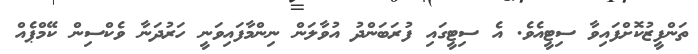
ތަންފީޒުކޮށްފައިވާ ސިޓީއެވެ. އެ ސިޓީގައި ފުރަބަންދު އުވާލަން ނިންމާފައިވަނީ ހަރުދަނާ ވެކްސިން ކޭމްޕެއް